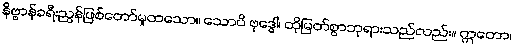
နိဗ္ဗာန်ခရီးညွန်ဖြစ်တော်မူထသော။ သောပိ ဗုဒ္ဓေါ၊ ထိုမြတ်စွာဘုရားသည်လည်း။ ဣတော၊